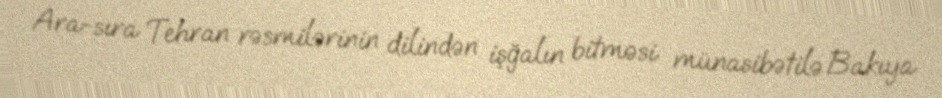
Ara-sıra Tehran rəsmilərinin dilindən işğalın bitməsi münasibətilə Bakıya